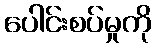
ပေါင်းစပ်မှုကို